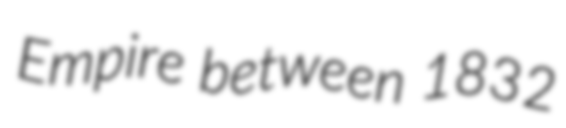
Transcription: Empire between 1832